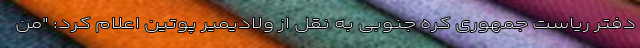
دفتر ریاست جمهوری کره جنوبی به نقل از ولادیمیر پوتین اعلام کرد: "من